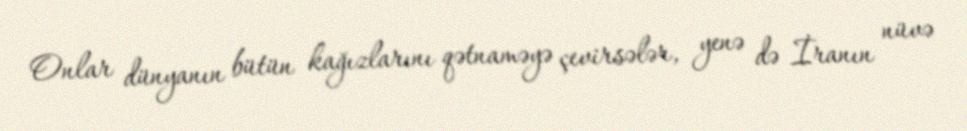
Onlar dünyanın bütün kağızlarını qətnaməyə çevirsələr, yenə də İranın nüvə